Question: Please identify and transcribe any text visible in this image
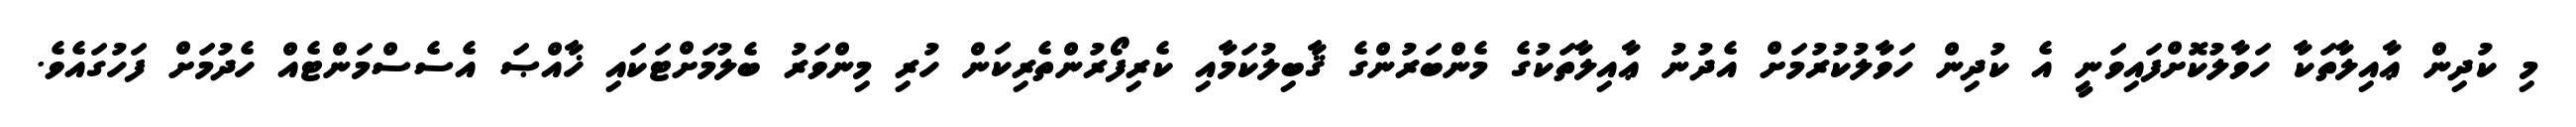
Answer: މި ކުދިން ޢާއިލާތަކާ ހަވާލުކޮށްފައިވަނީ އެ ކުދިން ހަވާލުކުރުމަށް އެދުނު ޢާއިލާތަކުގެ މެންބަރުންގެ ޤާބިލުކަމާއި ކެރިފޯރުންތެރިކަން ހުރި މިންވަރު ބެލުމަށްޓަކައި ޚާއްޞަ އެސެސްމަންޓެއް ހެދުމަށް ފަހުގައެވެ.